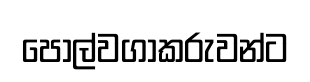
පොල්වගාකරුවන්ට